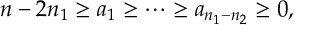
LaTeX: n - 2 n _ { 1 } \geq a _ { 1 } \geq \cdots \geq a _ { n _ { 1 } - n _ { 2 } } \geq 0 ,